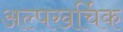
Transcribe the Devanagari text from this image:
अल्पखर्चिक